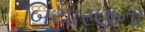
બિયારણના